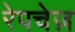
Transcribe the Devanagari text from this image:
रेपचेज़